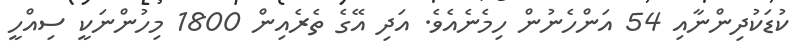
ކުޑަކުދިންނާއި 54 އަންހެނުން ހިމެނެއެވެ. އަދި އޭގެ ތެރެއިން 1800 މިހުންނަކީ ސިއްހީ